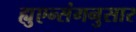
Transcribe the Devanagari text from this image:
ह्युएन्संगनुसार